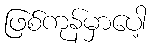
ဖြစ်ကုန်မှာပေါ့